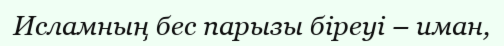
Исламның бес парызы біреуі – иман,